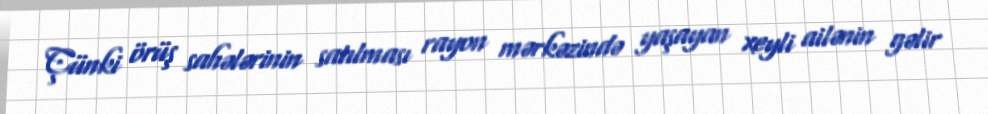
Çünki örüş sahələrinin satılması rayon mərkəzində yaşayan xeyli ailənin gəlir